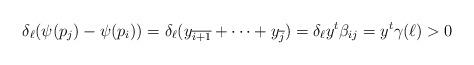
LaTeX: \begin{align*}\delta_\ell(\psi(p_j)-\psi(p_i))=\delta_\ell(y_{\overline{i+1}}+\cdots+y_{\overline{j}})=\delta_\ell y^t\beta_{ij}=y^t \gamma(\ell)>0\,\end{align*}